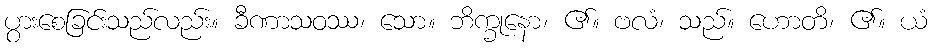
ပွားစေခြင်းသည်လည်း။ ခီဏာသဝဿ၊ သော။ ဘိက္ခုနော၊ ၏။ ဗလံ၊ သည်။ ဟောတိ၊ ၏။ ယံ